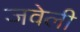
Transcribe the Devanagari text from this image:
जवेली